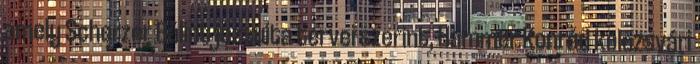
amely Scherzer Bálint jezsuita tervei szerint, Hammer Konrád kolozsvári